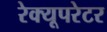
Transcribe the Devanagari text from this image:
रेक्यूपरेटर